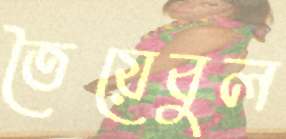
তৈয়েবুল